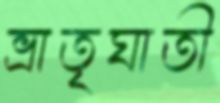
ভ্রাতৃঘাতী